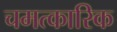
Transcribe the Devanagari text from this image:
चमत्‍कारिक